Civil Veterinary Dept. Assam report 1911-1927 - 1911-1927
Year: 1911
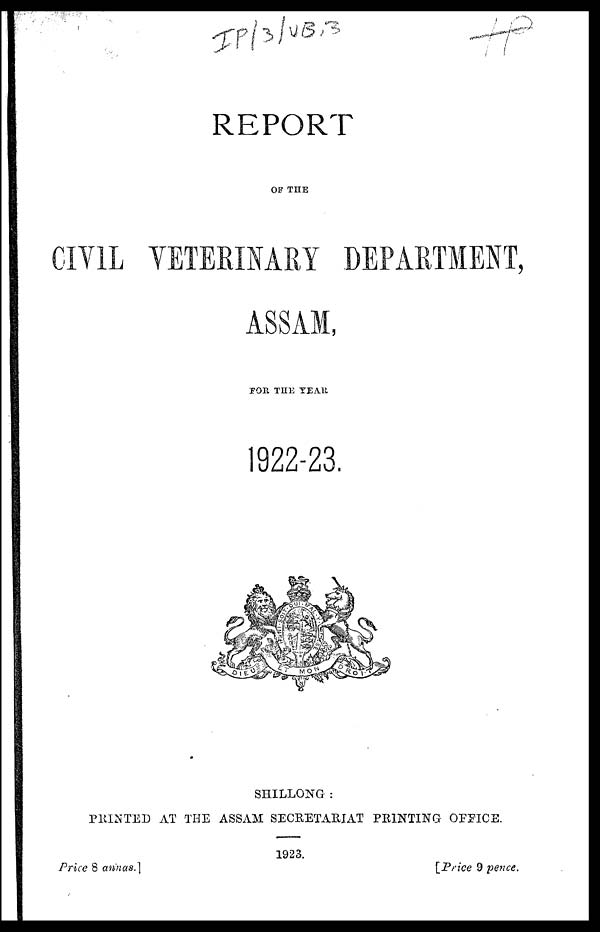
REPORT
OF THE
CIVIL VETERINARY DEPARTMENT,
ASSAM,
FOR THE YEAR
1922-23.
SHILLONG:
PRINTED AT THE ASSAM SECRETARIAT PRINTING OFFICE.
1923.
Price 8 annas.]
[Price
9 pence.